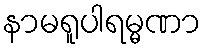
နာမရူပါရမ္မဏာ